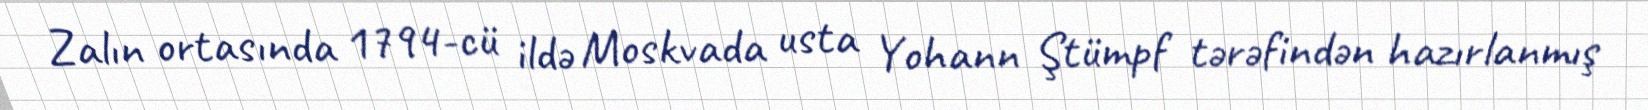
Zalın ortasında 1794-cü ildə Moskvada usta Yohann Ştümpf tərəfindən hazırlanmış